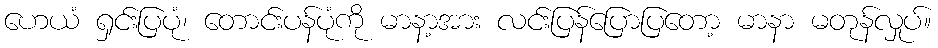
ဟေယံ ရှင်းပြပုံ၊ တောင်းပန်ပုံကို မာနာ့အား လင်းပြန်ပြောပြတော့ မာနာ မတုန်လှုပ်။